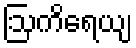
ဩကိရေယျ